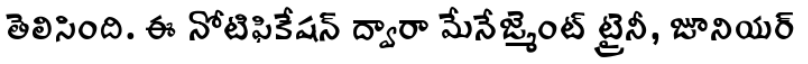
తెలిసింది. ఈ నోటిఫికేషన్ ద్వారా మేనేజ్మెంట్ ట్రైనీ, జూనియర్